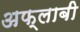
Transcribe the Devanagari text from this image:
अफ्लाबी